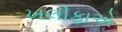
ખલીફાએ